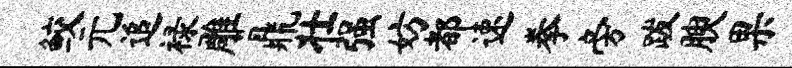
鲛元追禄雕鼎壮强妨都速拳旁跋腴果